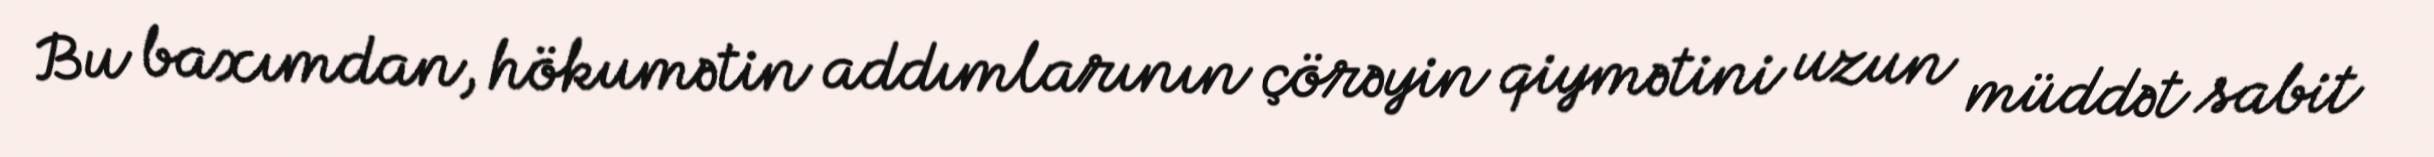
Bu baxımdan, hökumətin addımlarının çörəyin qiymətini uzun müddət sabit